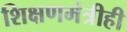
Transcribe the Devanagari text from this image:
शिक्षणमंत्रीही